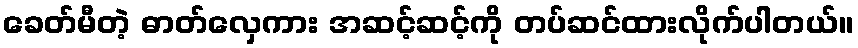
ခေတ်မီတဲ့ ဓာတ်လှေကား အဆင့်ဆင့်ကို တပ်ဆင်ထားလိုက်ပါတယ်။